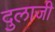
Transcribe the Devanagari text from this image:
दुलाजी